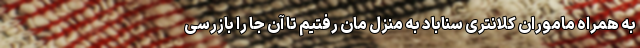
به همراه ماموران کلانتری سناباد به منزل مان رفتیم تا آن جا را بازرسی